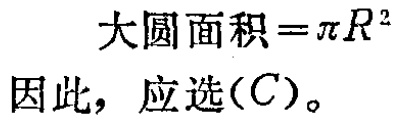
大圆面积=$\pi R^{2}$

因此，应选$(C)$。